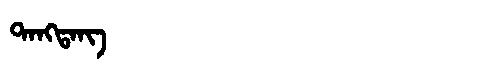
Manchu: ᡨᠠᠩᡨᠠᠩ
Romanization: TANGTANG